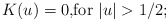
\begin{align*}K(u)=0\mbox{,}\mbox{for }|u|>1/2; \end{align*}